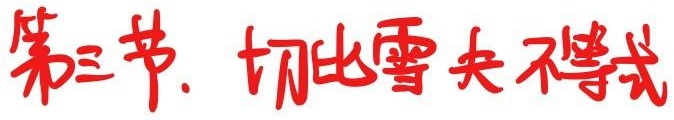
第三节. 切比雪夫不等式